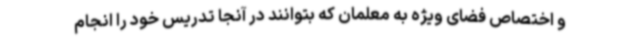
و اختصاص فضای ویژه به معلمان که بتوانند در آنجا تدریس خود را انجام